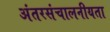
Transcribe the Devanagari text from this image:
अंतरसंचालनीयता